Insane asylums Bombay 1873-77 - 1873-1877
Year: 1873
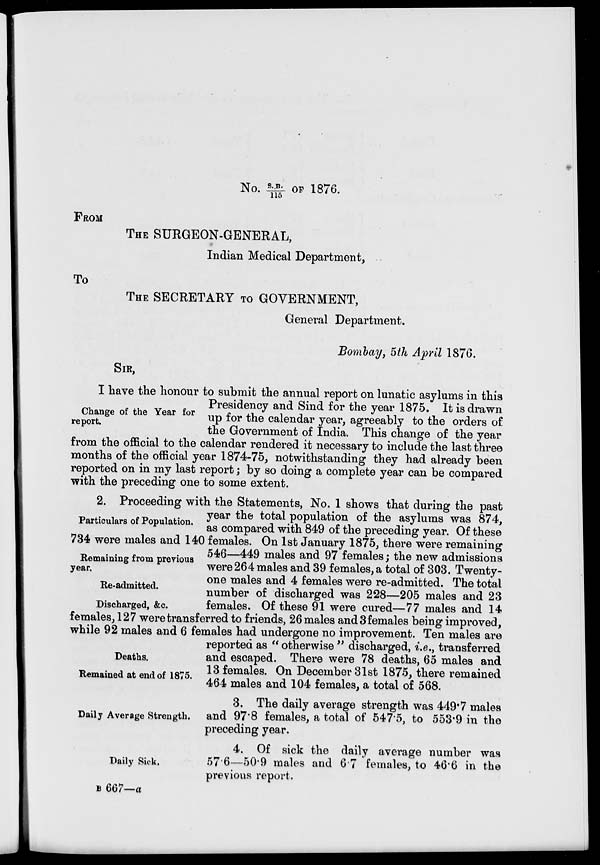
No. S.B./115 OF 1876.
FROM
THE SURGEON-GENERAL,
Indian Medical Department,
To
THE SECRETARY TO GOVERNMENT,
General Department.
Bombay, 5th April 1876.
SIR,
Change of the Year for
report.
I have the honour to submit the annual report on lunatic asylums in this
Presidency and Sind for the year 1875. It is drawn
up for the calendar year, agreeably to the orders of
the Government of India. This change of the year
from the official to the calendar rendered it necessary to include the last three
months of the official year 1874-75, notwithstanding they had already been
reported on in my last report ; by so doing a complete year can be compared
with the preceding one to some extent.
Particulars of Population.
Remaining from previous
year.
Re-admitted.
Discharged, &c.
Deaths.
Remained at end of 1875.
2. Proceeding with the Statements, No. 1 shows that during the past
year the total population of the asylums was 874,
as compared with 849 of the preceding year. Of these
734 were males and 140 females. On 1st January 1875, there were remaining
546—449 males and 97 females ; the new admissions
were 264 males and 39 females, a total of 303. Twenty-
one males and 4 females were re-admitted. The total
number of discharged was 228—205 males and 23
females. Of these 91 were cured—77 males and 14
females, 127 were transferred to friends, 26 males and 3 females being improved,
while 92 males and 6 females had undergone no improvement. Ten males are
reported as " otherwise " discharged, i.e., transferred
and escaped. There were 78 deaths, 65 males and
13 females. On December 31st 1875, there remained
464 males and 104 females, a total of 568.
Daily Average Strength.
3. The daily average strength was 449.7 males
and 97.8 females, a total of 547.5, to 553.9 in the
preceding year.
Daily Sick.
4. Of sick the daily average number was
57.6—50.9 males and 6.7 females, to 46.6 in the
previous report.
B 667—a